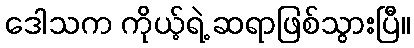
ဒေါသက ကိုယ့်ရဲ့ ဆရာဖြစ်သွားပြီ။